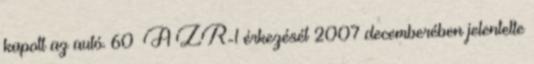
kapott az autó. 60 A ZR-1 érkezését 2007 decemberében jelentette